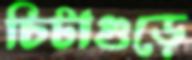
চিটাগুড়ে